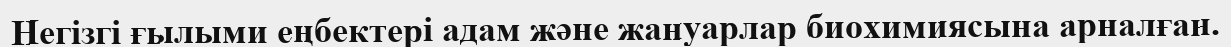
Негізгі ғылыми еңбектері адам және жануарлар биохимиясына арналған.